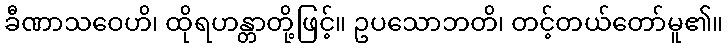
ခီဏာသဝေဟိ၊ ထိုရဟန္တာတို့ဖြင့်။ ဥပသောဘတိ၊ တင့်တယ်တော်မူ၏။